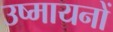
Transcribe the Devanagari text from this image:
उष्मायनों